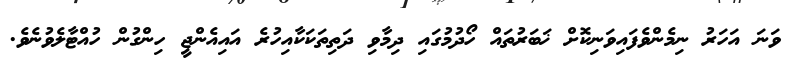
ވަނަ އަހަރު ނިމެންވެފައިވަނިކޮށް ޚަބަރުތައް ހޯދުމުގައި ދިމާވި ދަތިތަކަކާއިހުރެ އައިއެންޖީ ހިންގުން ހުއްޓާލެވުނެވެ.